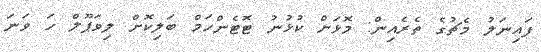
ފައިނަލު މެޗުގެ ތެރެއިން: މޮޅަށް ކުޅުނު ޓޮޓެންހަމް ބަލިކޮށް ލިވަޕޫލް ހަ ވަނަ